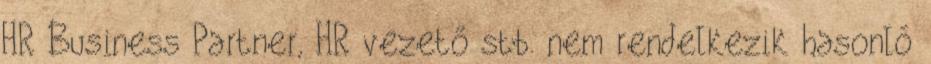
HR Business Partner, HR vezető stb. nem rendelkezik hasonló